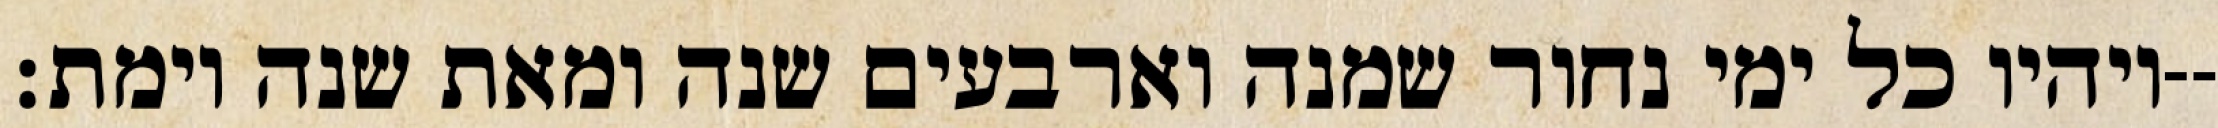
ויהיו כל ימי נחור שמנה וארבעים שנה ומאת שנה וימת׃--